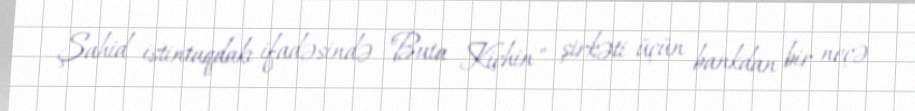
Şahid istintaqdakı ifadəsində "Buta Kichin" şirkəti üçün bankdan bir neçə